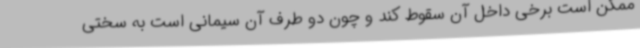
ممکن است برخی داخل آن سقوط کند و چون دو طرف آن سیمانی است به سختی